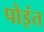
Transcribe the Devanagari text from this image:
पोइंत